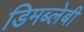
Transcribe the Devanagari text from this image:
डिमब्लेबी